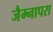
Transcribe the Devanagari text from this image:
जैम्नापरा